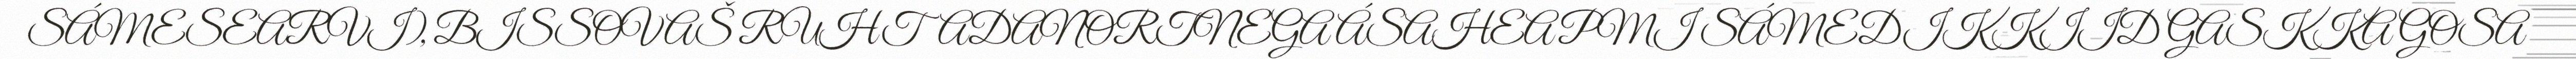
SÁMESEARVI), BISSOVAŠ RUHTADANORTNEGA ÁSAHEAPMI SÁMEDIKKIID GASKKA GOSA